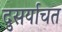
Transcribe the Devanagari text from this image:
दुसर्याचत